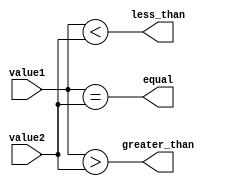
module magnitude_comparator(input [7:0] value1, value2,
                                output equal,
                                output less_than,
                                output greater_than);

  assign equal = (value1 == value2);
  assign less_than = (value1 < value2);
  assign greater_than = (value1 > value2);

endmodule